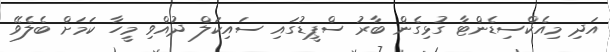
އަދި މިއެކްސިޑެންޓާ ގުޅިގެން ބާރު ސްޕީޑުގައި ސައިކަލް ދުއްވި މީހާ ކަމަށް ބެލެވޭ